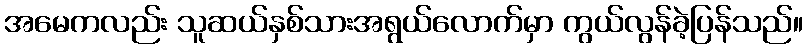
အမေကလည်း သူဆယ်နှစ်သားအရွယ်လောက်မှာ ကွယ်လွန်ခဲ့ပြန်သည်။